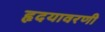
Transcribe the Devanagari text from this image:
हृदयावरणी